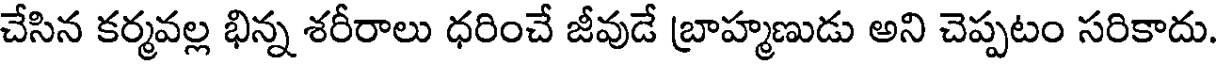
చేసిన కర్మవల్ల భిన్న శరీరాలు ధరించే జీవుడే బ్రాహ్మణుడు అని చెప్పటం సరికాదు.